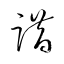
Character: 踖